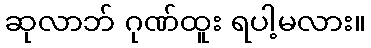
ဆုလာဘ် ဂုဏ်ထူး ရပါ့မလား။